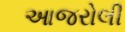
આજરોલી